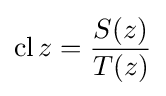
\operatorname {cl} z={\frac {S(z)}{T(z)}}